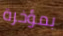
بمؤخرة